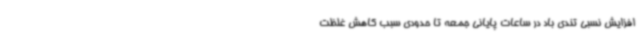
افزایش نسبی تندی باد در ساعات پایانی جمعه تا حدودی سبب کاهش غلظت